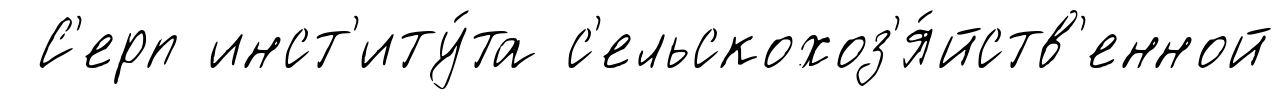
С'ерп инст'иту́та с'ельскохоз'я́йств'енной